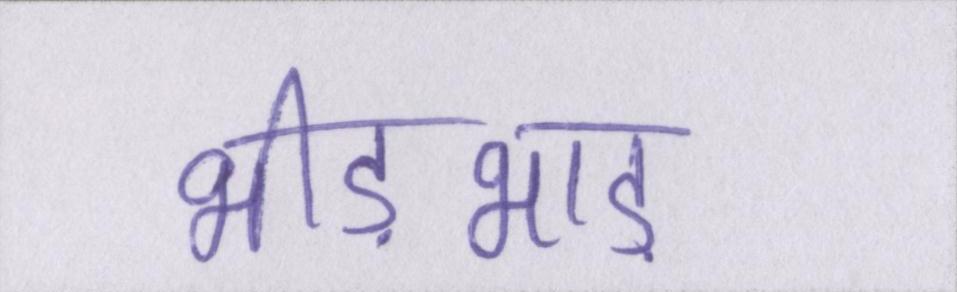
भीड़भाड़